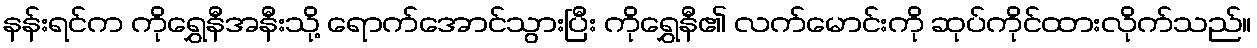
နန်းရင်က ကိုရွှေနီအနီးသို့ ရောက်အောင်သွားပြီး ကိုရွှေနီ၏ လက်မောင်းကို ဆုပ်ကိုင်ထားလိုက်သည်။